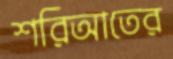
শরিআতের